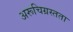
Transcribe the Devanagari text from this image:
अरूचिग्रस्तता